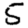
Digit: 5